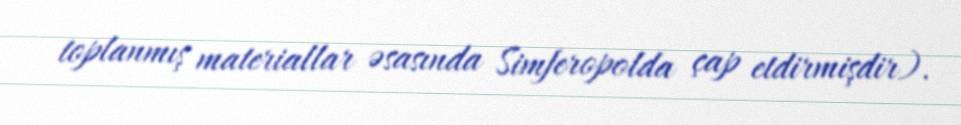
toplanmış materiallar əsasında Simferopolda çap etdirmişdir).